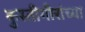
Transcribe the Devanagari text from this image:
कुस्तीगीरांच्या